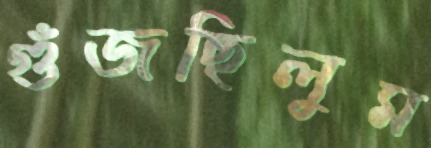
গুঁজছিলুম